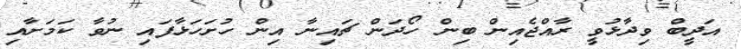
އަދީބް ވިދާޅުވީ ރާއްޖެއިން ބިން ހޯދަން ޗައިނާ އިން ހުށަހަޅާފައި ނުވާ ކަމަށާއި